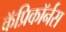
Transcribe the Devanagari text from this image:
कॅप्रिकॉर्नस